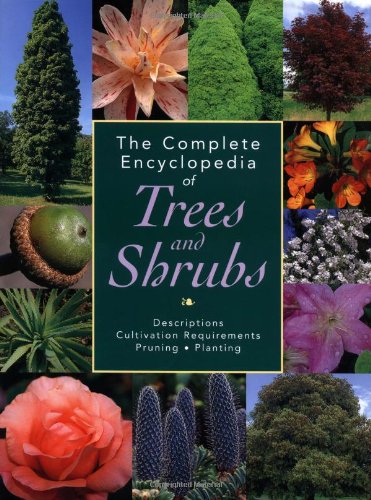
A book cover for The Complete Encyclopedia of Trees and Shrubs: Descriptions, Cultivation Requirements, Pruning, Planting; Eric Wasson; Crafts, Hobbies & Home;